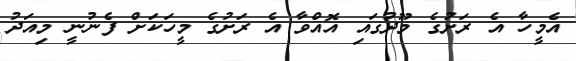
އެމީހާ އެ ރަށުގެ މޫދުގައި އޮއްވާ އެ ރަށުގެ މީހަކަށް ފެނުނީ މިއަދު